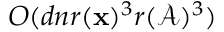
O ( d n r ( \mathbf { x } ) ^ { 3 } r ( \mathcal { A } ) ^ { 3 } )